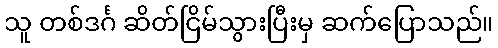
သူ တစ်ဒင်္ဂ ဆိတ်ငြိမ်သွားပြီးမှ ဆက်ပြောသည်။